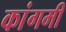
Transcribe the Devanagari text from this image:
कांगमी